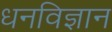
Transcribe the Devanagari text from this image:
धनविज्ञान